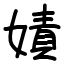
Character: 嫧